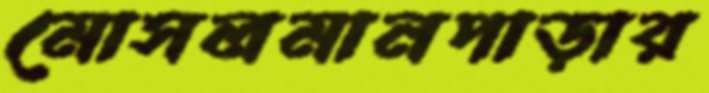
মোসলমানপাড়ার